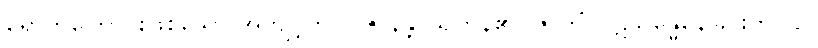
ရောက်ကြောင်းဖြစ်သော အကျင့်ကို။ ပဇာနန္တိ၊ သိကုန်၏။ ဇာတိံ၊ ပဋိသန္ဓေနေခြင်းကို။ ပ။